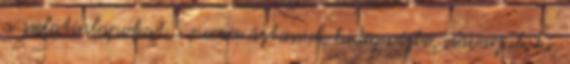
a zselatinlapokat 5 percre áztassuk hideg vízbe, csavarjuk ki,